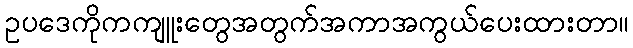
ဥပဒေကိုကကျူးတွေအတွက်အကာအကွယ်ပေးထားတာ။